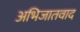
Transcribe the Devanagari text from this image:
अभिजातवाद